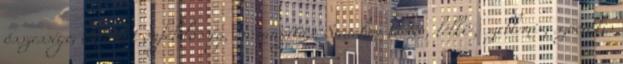
összessége, öntudat önfelelősség, önirányítás. Saucha: testi-, lelki-, szellemi-, szociális